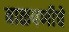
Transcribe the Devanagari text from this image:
बाळपणीचे